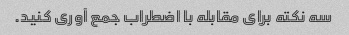
سه نکته برای مقابله با اضطراب جمع آوری کنید.